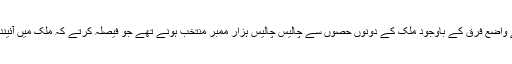
چنانچہ آبادی کے واضع فرق کے باوجود ملک کے دونوں حصوں سے چالیس چالیس ہزار ممبر منتخب ہونے تھے جو فیصلہ کرتے کہ ملک میں آئیندہ صدر کون ہوگا۔